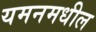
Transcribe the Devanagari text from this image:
यमनमधील